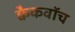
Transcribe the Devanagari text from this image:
क्वैकवॉच